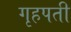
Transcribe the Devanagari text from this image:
गृहपती